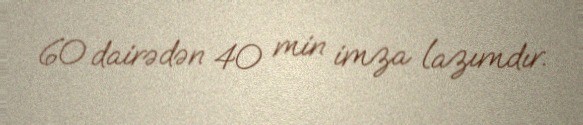
60 dairədən 40 min imza lazımdır.